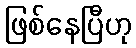
ဖြစ်နေပြီဟု